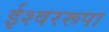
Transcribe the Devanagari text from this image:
ईश्वररूपा